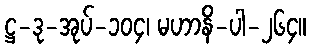
ဋ္ဌ-ဒု-အုပ်-၁၀၄၊ မဟာနိ-ပါ-၂၆၄။